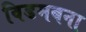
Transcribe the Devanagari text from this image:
विडमबना